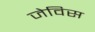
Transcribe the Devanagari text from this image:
जेविस